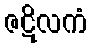
ဇဋိလကံ